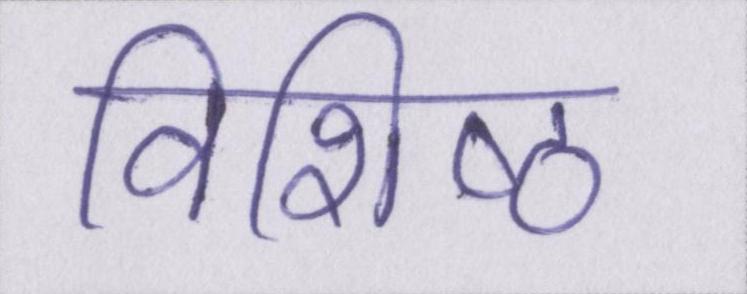
विशिष्ठ